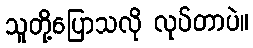
သူတို့ပြောသလို လုပ်တာပဲ။